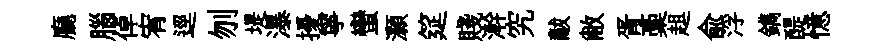
廳腦倬宥逕刎堤瀑擾寧蠻灝筵賤澣究黻敝胥稾趄俞浮鐫醍憶